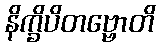
နိက္ခိပိတဗ္ဗောတိ